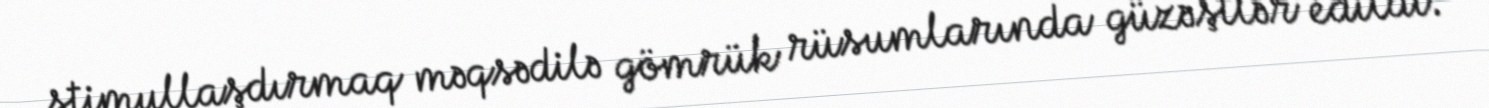
stimullaşdırmaq məqsədilə gömrük rüsumlarında güzəştlər edildi.